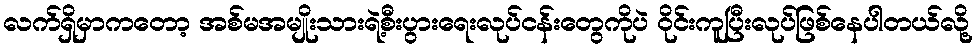
လက်ရှိမှာကတော့ အစ်မအမျိုးသားရဲ့စီးပွားရေးလုပ်ငန်းတွေကိုပဲ ဝိုင်းကူပြီးလုပ်ဖြစ်နေပါတယ်လို့